[Report on the health of British troops in the Madras command]
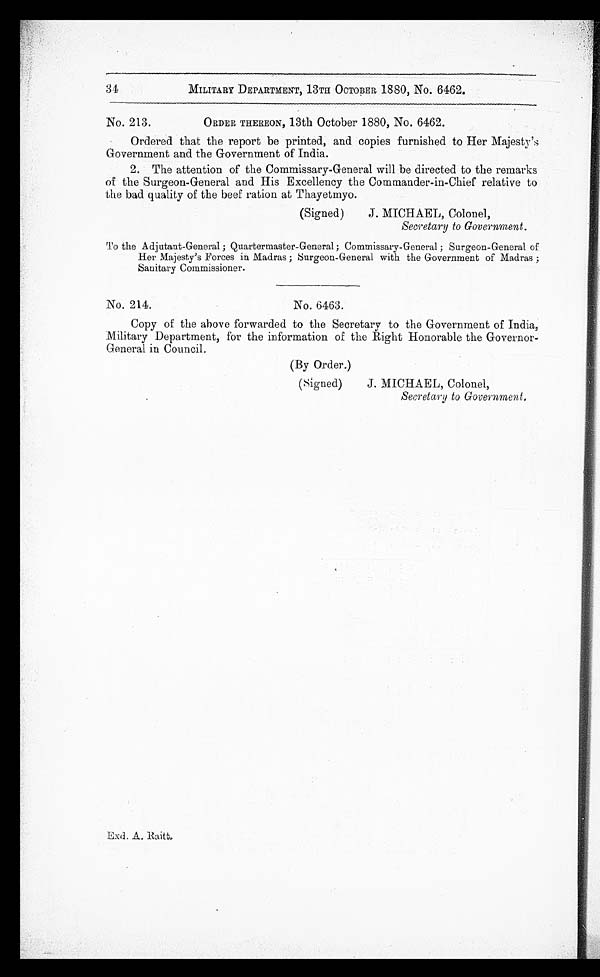
34
MILITARY DEPARTMENT, 13TH OCTOBER 1880, No. 6462.
No. 213.
ORDER THEREON, 13th October 1880, No. 6462.
Ordered that the report be printed, and copies furnished to Her Majesty’s
Government and the Government of India.
2. The attention of the Commissary-General will be directed to the remarks
of the Surgeon-General and His Excellency the Commander-in-Chief relative to
the bad quality of the beef ration at Thayetmyo.
(Signed)
J. MICHAEL, Colonel,
Secretary to Government.
To the Adjutant-General ; Quartermaster-General ; Commissary-General ; Surgeon-General of
Her Majesty’s Forces in Madras ; Surgeon-General with the Government of Madras ;
Sanitary Commissioner.
No. 214.
No. 6463.
Copy of the above forwarded to the Secretary to the Government of India,
Military Department, for the information of the Right Honorable the
Governor-General in Council.
(By Order.)
(Signed)
J. MICHAEL, Colonel,
Secretary to Government,
Exd. A. Raitt.